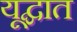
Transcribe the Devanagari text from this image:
यूद्घात